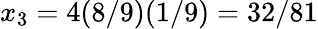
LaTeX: x_{3}=4(8/9)(1/9)=32/81